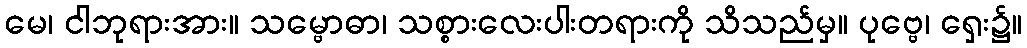
မေ၊ ငါဘုရားအား။ သမ္ဗောဓာ၊ သစ္စားလေးပါးတရားကို သိသည်မှ။ ပုဗ္ဗေ၊ ရှေး၌။